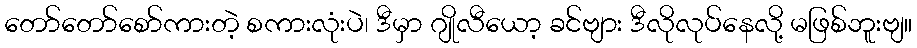
တော်တော်စော်ကားတဲ့ စကားလုံးပဲ၊ ဒီမှာ ဂျိုလီယော့ ခင်ဗျား ဒီလိုလုပ်နေလို့ မဖြစ်ဘူးဗျ။